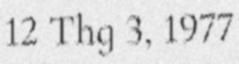
12 Thg 3, 1977